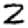
Digit: 2